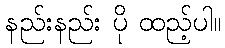
နည်းနည်း ပို ထည့်ပါ။